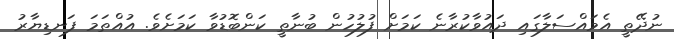
ނުދޭތީ އެމައްސަލާގައި ދައުވާކުރާނެ ކަމަށް ފުލުހުން ބުނާތީ ކަންބޮޑުވާ ކަމަށެވެ. އުއްތަަމަ ފަނޑިޔާރު